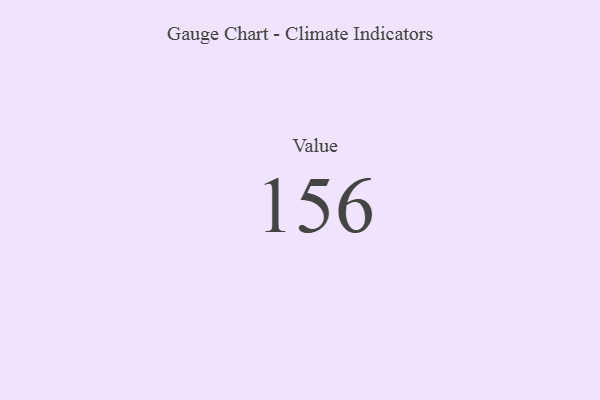
{"axis": {"x": "Metric", "y": "Value"}, "legend": [""], "data": [{"x": "Value", "y": 156, "type": ""}]}